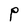
Character: P